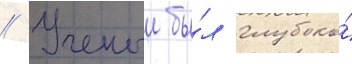
// Ученыи бы́л глубоко́